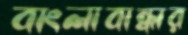
বাংলাবান্ধার